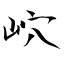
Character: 岤